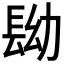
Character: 𨱧